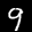
Label: 9